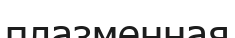
плазменная